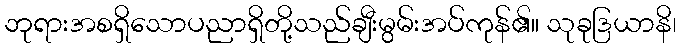
ဘုရားအစရှိသောပညာရှိတို့သည်ချီးမွမ်းအပ်ကုန်၏။ သုခုဒြယာနိ၊